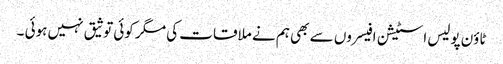
ٹاؤن پولیس اسٹیشن افیسروں سے بھی ہم نے ملاقات کی مگر کوئی توثیق نہیں ہوئی ۔